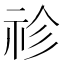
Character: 𥘼